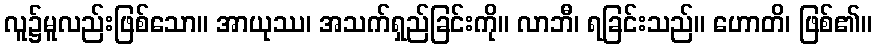
လူ၌မူလည်းဖြစ်သော။ အာယုဿ၊ အသက်ရှည်ခြင်းကို။ လာဘီ၊ ရခြင်းသည်။ ဟောတိ၊ ဖြစ်၏။